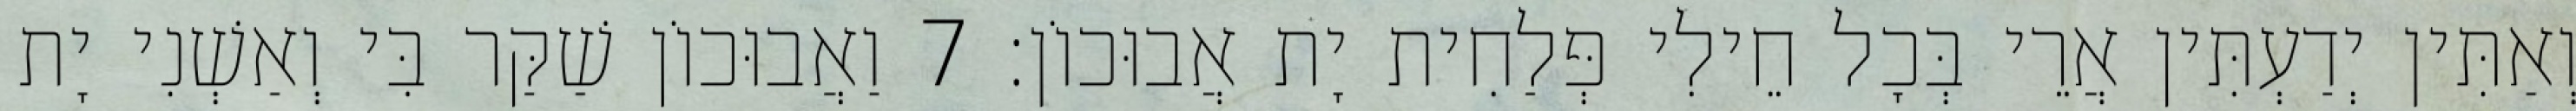
וְאַתִּין יְדַעְתִּין אֲרֵי בְּכָל חֵילִי פְּלַחִית יָת אֲבוּכוֹן׃ 7 וַאֲבוּכוֹן שַׁקַּר בִּי וְאַשְׁנִי יָת